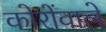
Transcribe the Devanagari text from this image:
कोरोंवाले